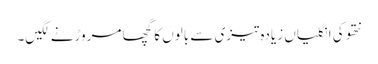
نتھو کی انگلیاں زیادہ تیزی سے بالوں کا گچھا مروڑنے لگیں۔